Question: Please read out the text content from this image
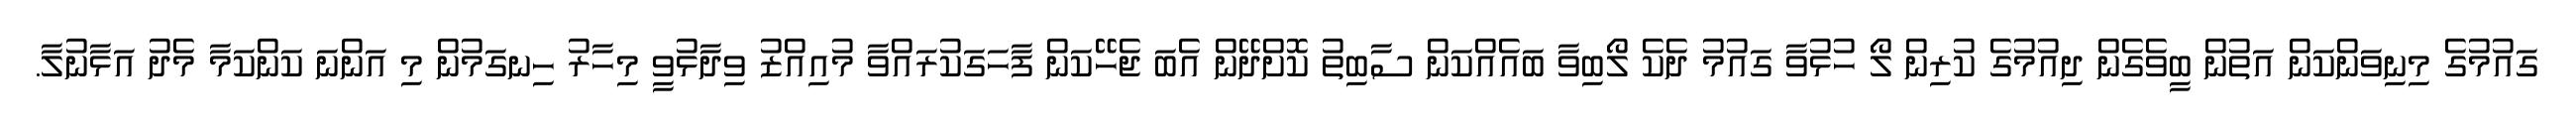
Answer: ގައުމުގެ މިނިވަންކަން އަތުން ބީވެގެން ދިއުމުގެ ކުރިން ލޯ ހުޅުވާ ގައުމު ދެކެ ލޯބިވާ ބައެއްކަން ސާބިތު ކޮށްދޭން އެބަ ޖެހޭކަން ފާހަގަކުރައްވާ މުއިއްޒު ވިދާޅުވީ މިހާރު ހިނގަމުން މި އަންނަ ކަންކަމާ މެދު އަޅާނުލާ.